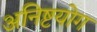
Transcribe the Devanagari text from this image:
अनिष्टयोग